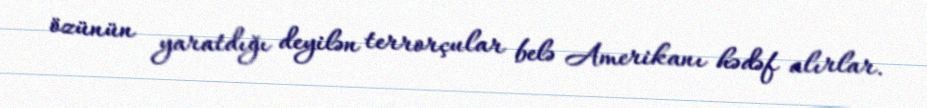
özünün yaratdığı deyilən terrorçular belə Amerikanı hədəf alırlar.